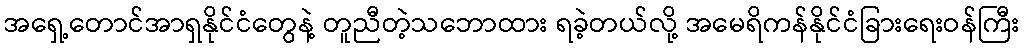
အရှေ့တောင်အာရှနိုင်ငံတွေနဲ့ တူညီတဲ့သဘောထား ရခဲ့တယ်လို့ အမေရိကန်နိုင်ငံခြားရေးဝန်ကြီး